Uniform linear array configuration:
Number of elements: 16
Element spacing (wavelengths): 0.25
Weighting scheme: uniform
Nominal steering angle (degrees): -15
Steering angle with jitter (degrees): -14.965
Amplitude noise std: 0.05
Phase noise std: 0.05

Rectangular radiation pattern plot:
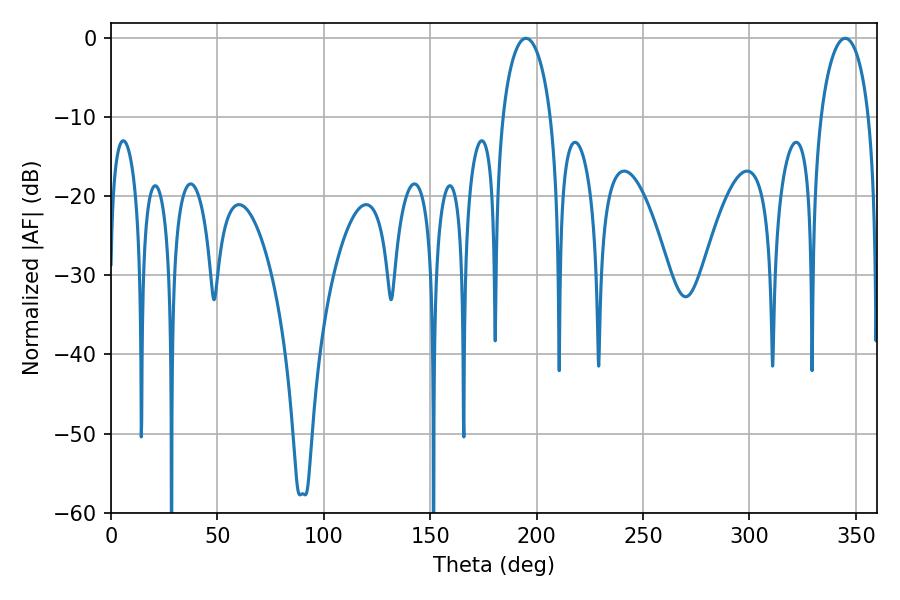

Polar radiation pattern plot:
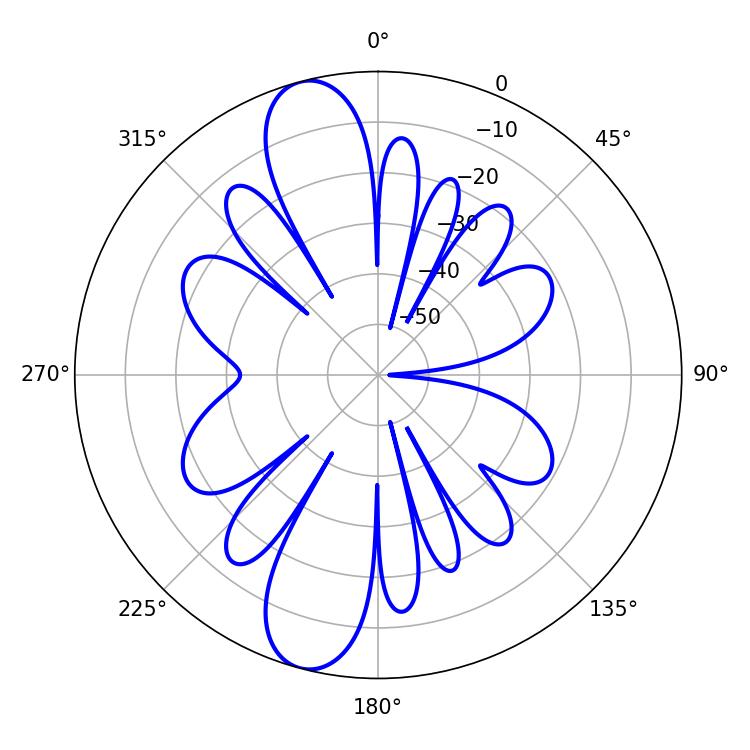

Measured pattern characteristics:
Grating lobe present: FALSE
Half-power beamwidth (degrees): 12.96
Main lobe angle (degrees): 194.94